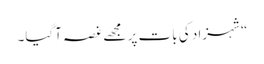
“شہزاد کی بات پر مجھے غصہ آگیا۔